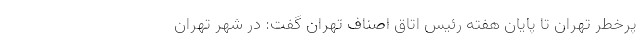
پرخطر تهران تا پایان هفته رئیس اتاق اصناف تهران گفت: در شهر تهران